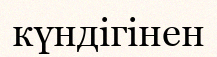
күндігінен